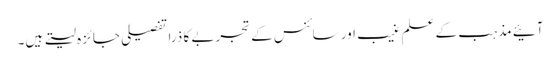
آئیے مذہب کے علم غیب اور سائنس کے تجربے کا ذرا تفصیلی جائزہ لیتے ہیں۔